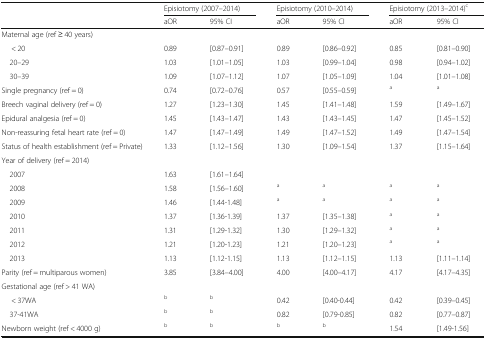
<table><thead><tr><td rowspan="2"></td><td colspan="2"><b>Episiotomy (2007–2014)</b></td><td colspan="2"><b>Episiotomy (2010–2014)</b></td><td colspan="2"><b>Episiotomy (2013–2014)<sup>c</sup></b></td></tr><tr><td><b>aOR</b></td><td><b>95% CI</b></td><td><b>aOR</b></td><td><b>95% CI</b></td><td><b>aOR</b></td><td><b>95% CI</b></td></tr></thead><tbody><tr><td colspan="7">Maternal age (ref ≥ 40 years)</td></tr><tr><td>&lt; 20</td><td>0.89</td><td>[0.87–0.91]</td><td>0.89</td><td>[0.86–0.92]</td><td>0.85</td><td>[0.81–0.90]</td></tr><tr><td> 20–29</td><td>1.03</td><td>[1.01–1.05]</td><td>1.03</td><td>[0.99–1.04]</td><td>0.98</td><td>[0.94–1.02]</td></tr><tr><td> 30–39</td><td>1.09</td><td>[1.07–1.12]</td><td>1.07</td><td>[1.05–1.09]</td><td>1.04</td><td>[1.01–1.08]</td></tr><tr><td>Single pregnancy (ref = 0)</td><td>0.74</td><td>[0.72–0.76]</td><td>0.57</td><td>[0.55–0.59]</td><td><sup>a</sup></td><td><sup>a</sup></td></tr><tr><td>Breech vaginal delivery (ref = 0)</td><td>1.27</td><td>[1.23–1.30]</td><td>1.45</td><td>[1.41–1.48]</td><td>1.59</td><td>[1.49–1.67]</td></tr><tr><td>Epidural analgesia (ref = 0)</td><td>1.45</td><td>[1.43–1.47]</td><td>1.43</td><td>[1.43–1.45]</td><td>1.47</td><td>[1.45–1.52]</td></tr><tr><td>Non-reassuring fetal heart rate (ref = 0)</td><td>1.47</td><td>[1.47–1.49]</td><td>1.49</td><td>[1.47–1.52]</td><td>1.49</td><td>[1.47–1.54]</td></tr><tr><td>Status of health establishment (ref = Private)</td><td>1.33</td><td>[1.12–1.56]</td><td>1.30</td><td>[1.09–1.54]</td><td>1.37</td><td>[1.15–1.64]</td></tr><tr><td colspan="7">Year of delivery (ref = 2014)</td></tr><tr><td> 2007</td><td>1.63</td><td>[1.61–1.64]</td><td></td><td></td><td></td><td></td></tr><tr><td> 2008</td><td>1.58</td><td>[1.56–1.60]</td><td><sup>a</sup></td><td><sup>a</sup></td><td><sup>a</sup></td><td><sup>a</sup></td></tr><tr><td> 2009</td><td>1.46</td><td>[1.44-1.48]</td><td><sup>a</sup></td><td><sup>a</sup></td><td><sup>a</sup></td><td><sup>a</sup></td></tr><tr><td> 2010</td><td>1.37</td><td>[1.36-1.39]</td><td>1.37</td><td>[1.35–1.38]</td><td><sup>a</sup></td><td><sup>a</sup></td></tr><tr><td> 2011</td><td>1.31</td><td>[1.29-1.32]</td><td>1.30</td><td>[1.29–1.32]</td><td><sup>a</sup></td><td><sup>a</sup></td></tr><tr><td> 2012</td><td>1.21</td><td>[1.20-1.23]</td><td>1.21</td><td>[1.20–1.23]</td><td><sup>a</sup></td><td><sup>a</sup></td></tr><tr><td> 2013</td><td>1.13</td><td>[1.12-1.15]</td><td>1.13</td><td>[1.12–1.15]</td><td>1.13</td><td>[1.11–1.14]</td></tr><tr><td>Parity (ref = multiparous women)</td><td>3.85</td><td>[3.84–4.00]</td><td>4.00</td><td>[4.00–4.17]</td><td>4.17</td><td>[4.17–4.35]</td></tr><tr><td colspan="7">Gestational age (ref &gt; 41 WA)</td></tr><tr><td>&lt; 37WA</td><td><sup>b</sup></td><td><sup>b</sup></td><td>0.42</td><td>[0.40-0.44]</td><td>0.42</td><td>[0.39–0.45]</td></tr><tr><td> 37-41WA</td><td><sup>b</sup></td><td><sup>b</sup></td><td>0.82</td><td>[0.79-0.85]</td><td>0.82</td><td>[0.77–0.87]</td></tr><tr><td>Newborn weight (ref &lt; 4000 g)</td><td><sup>b</sup></td><td><sup>b</sup></td><td><sup>b</sup></td><td><sup>b</sup></td><td>1.54</td><td>[1.49-1.56]</td></tr></tbody></table>